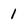
Character: 1